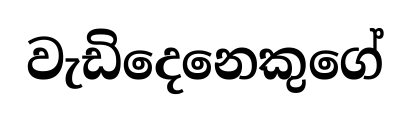
වැඩිදෙනෙකුගේ